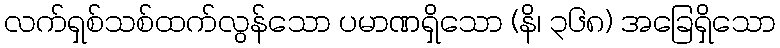
လက်ရှစ်သစ်ထက်လွန်သော ပမာဏရှိသော (နိ၊ ၃၆၈) အခြေရှိသော